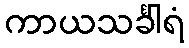
ကာယသင်္ခါရံ